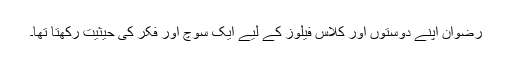
رضوان اپنے دوستوں اور کلاس فیلوز کے لیے ایک سوچ اور فکر کی حیثیت رکھتا تھا۔